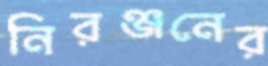
নিরঞ্জনের